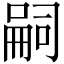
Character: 嗣